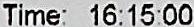
TIME: 16:15:00